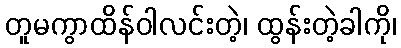
တူမကွာထိန်ဝါလင်းတဲ့၊ ထွန်းတဲ့ခါကို၊